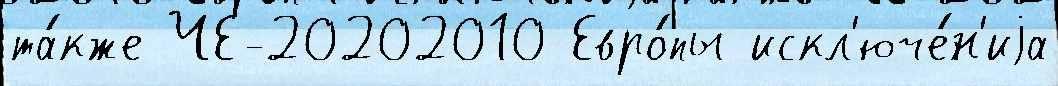
та́кже ЧЕ-20202010 Евро́пы искл'юче́н'иjа